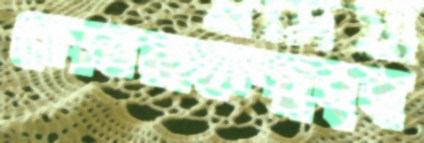
কোবরাকেসুবৃষ্